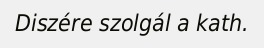
Diszére szolgál a kath.